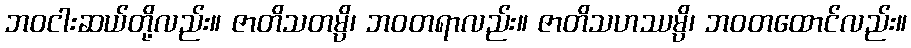
ဘဝငါးဆယ်တို့လည်း။ ဇာတိသတမ္ပိ၊ ဘဝတရာလည်း။ ဇာတိသဟဿမ္ပိ၊ ဘဝတထောင်လည်း။